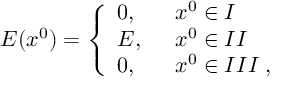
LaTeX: E ( x ^ { 0 } ) = \left\{ \begin{array} { l l } { { 0 , \; \; } } & { { x ^ { 0 } \in I } } \\ { { E , \; \; } } & { { x ^ { 0 } \in I I } } \\ { { 0 , \; \; } } & { { x ^ { 0 } \in I I I \; , } } \end{array} \right.